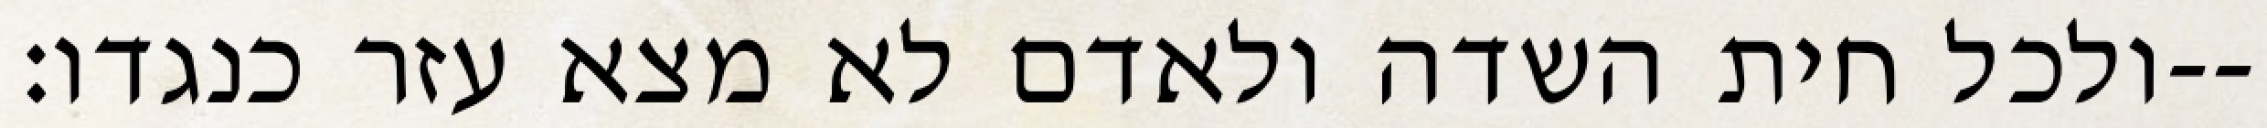
ולכל חית השדה ולאדם לא מצא עזר כנגדו׃--